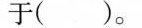
于()。